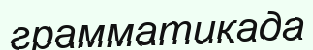
грамматикада